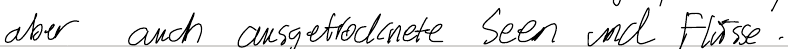
aber auch ausgetrocknete Seen und Flüsse.